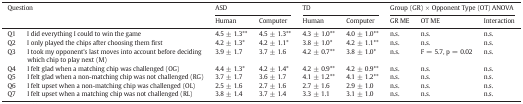
<table><thead><tr><td rowspan="2" colspan="2"><b>Question</b></td><td colspan="2"><b>ASD</b></td><td colspan="2"><b>TD</b></td><td colspan="3"><b>Group (GR) × Opponent Type (OT) ANOVA</b></td></tr><tr><td><b>Human</b></td><td><b>Computer</b></td><td><b>Human</b></td><td><b>Computer</b></td><td><b>GR ME</b></td><td><b>OT ME</b></td><td><b>Interaction</b></td></tr></thead><tbody><tr><td>Q1</td><td>I did everything I could to win the game</td><td>4.5 ± 1.3**</td><td>4.5 ± 1.3**</td><td>4.3 ± 1.0**</td><td>4.0 ± 1.0**</td><td>n.s.</td><td>n.s.</td><td>n.s.</td></tr><tr><td>Q2</td><td>I only played the chips after choosing them first</td><td>4.2 ± 1.3*</td><td>4.2 ± 1.1*</td><td>3.8 ± 1.0*</td><td>4.2 ± 1.1**</td><td>n.s.</td><td>n.s.</td><td>n.s.</td></tr><tr><td>Q3</td><td>I took my opponent&#x27;s last moves into account before deciding which chip to play next (M)</td><td>3.9 ± 1.7</td><td>3.7 ± 1.6</td><td>4.2 ± 0.7**</td><td>3.8 ± 1.0*</td><td>n.s.</td><td>F = 5.7, p = 0.02</td><td>n.s.</td></tr><tr><td>Q4</td><td>I felt glad when a matching chip was challenged (OG)</td><td>4.4 ± 1.3*</td><td>4.2 ± 1.4*</td><td>4.2 ± 0.9**</td><td>4.2 ± 0.9**</td><td>n.s.</td><td>n.s.</td><td>n.s.</td></tr><tr><td>Q5</td><td>I felt glad when a non-matching chip was not challenged (RG)</td><td>3.7 ± 1.7</td><td>3.6 ± 1.7</td><td>4.1 ± 1.2**</td><td>4.1 ± 1.2**</td><td>n.s.</td><td>n.s.</td><td>n.s.</td></tr><tr><td>Q6</td><td>I felt upset when a non-matching chip was challenged (OL)</td><td>2.5 ± 1.6</td><td>2.7 ± 1.6</td><td>2.7 ± 1.6</td><td>2.9 ± 1.0</td><td>n.s.</td><td>n.s.</td><td>n.s.</td></tr><tr><td>Q7</td><td>I felt upset when a matching chip was not challenged (RL)</td><td>3.8 ± 1.4</td><td>3.7 ± 1.4</td><td>3.3 ± 1.1</td><td>3.1 ± 1.0</td><td>n.s.</td><td>n.s.</td><td>n.s.</td></tr></tbody></table>